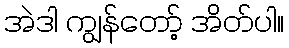
အဲဒါ ကျွန်တော့် အိတ်ပါ။